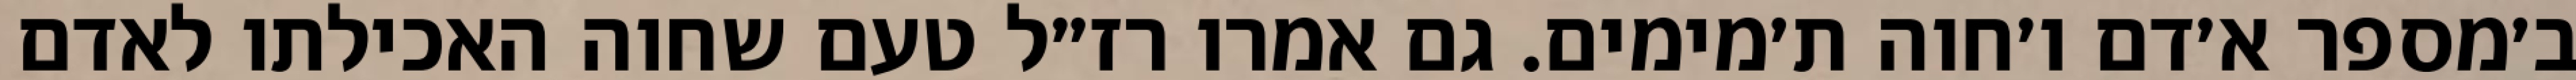
ב׳מספר א׳דם ו׳חוה ת׳מימים. גם אמרו רז״ל טעם שחוה האכילתו לאדם